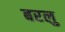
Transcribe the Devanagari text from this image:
बरलु